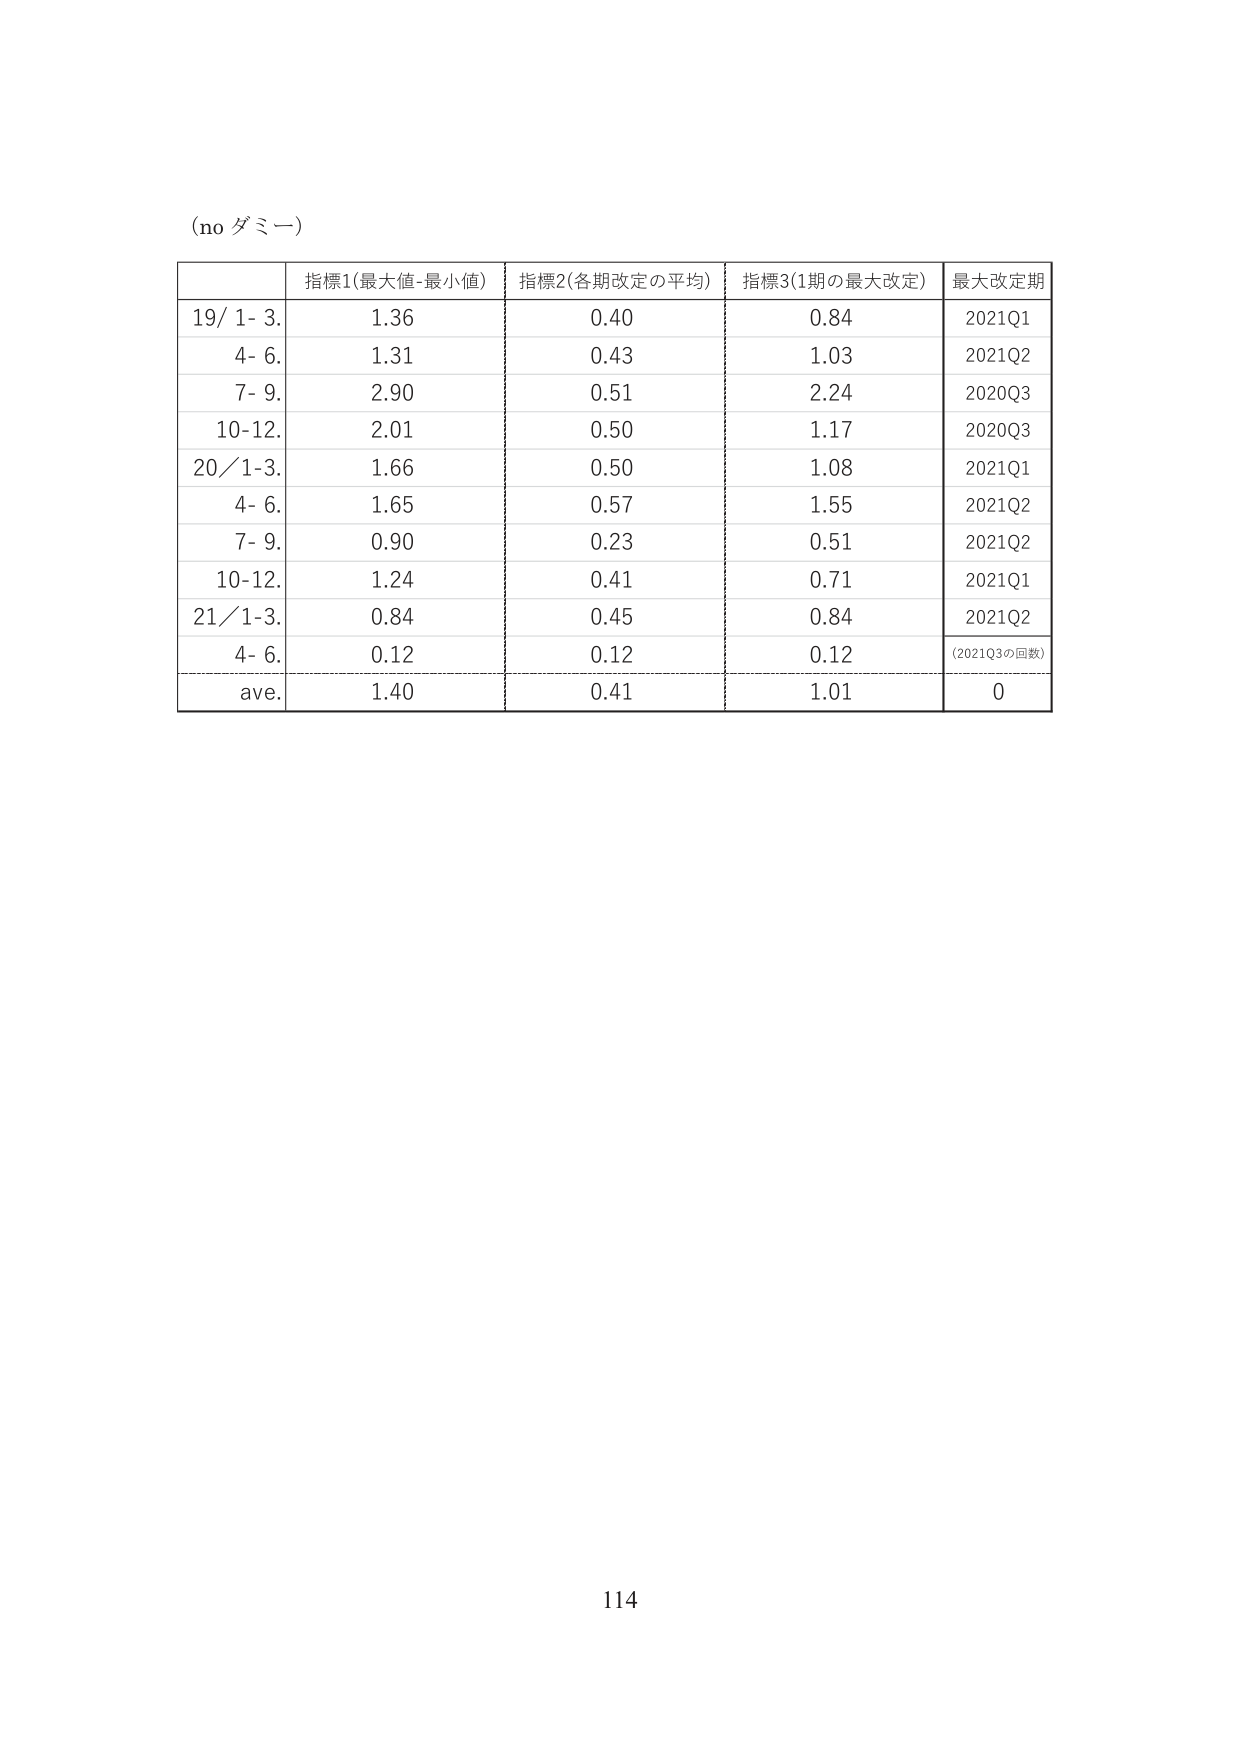
(no ダミー)

指標1(最大値-最小値) 指標2(各期改定の平均) 指標3(1期の最大改定) 最大改定期
19/ 1- 3. 1.36 0.40 0.84 2021Q1
4- 6. 1.31 0.43 1.03 2021Q2
7- 9. 2.90 0.51 2.24 2020Q3
10-12. 2.01 0.50 1.17 2020Q3
20/1-3. 1.66 0.50 1.08 2021Q1
4- 6. 1.65 0.57 1.55 2021Q2
7- 9. 0.90 0.23 0.51 2021Q2
10-12. 1.24 0.41 0.71 2021Q1
21/1-3. 0.84 0.45 0.84 2021Q2
4- 6. 0.12 0.12 0.12 (2021Q3の回数)
ave. 1.40 0.41 1.01 0

114